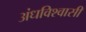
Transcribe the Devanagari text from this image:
अंधविश्‍वासी